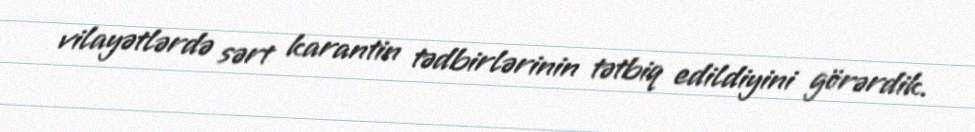
vilayətlərdə sərt karantin tədbirlərinin tətbiq edildiyini görərdik.